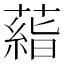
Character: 𬞙